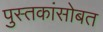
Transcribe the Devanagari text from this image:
पुस्तकांसोबत